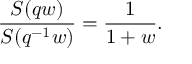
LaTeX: \frac { S ( q w ) } { S ( q ^ { - 1 } w ) } = \frac { 1 } { 1 + w } .